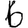
Digit: 6